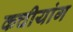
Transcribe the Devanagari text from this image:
कचीयांग